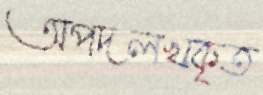
অপদলখকৃত